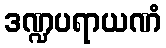
ဒဏ္ဍပရာယဏံ